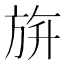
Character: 𣃬